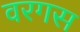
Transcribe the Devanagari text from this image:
वरगस